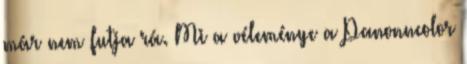
már nem futja rá. Mi a véleménye a Panonncolor